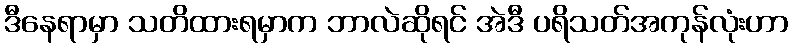
ဒီနေရာမှာ သတိထားရမှာက ဘာလဲဆိုရင် အဲဒီ ပရိသတ်အကုန်လုံးဟာ